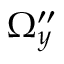
\Omega _ { y } ^ { \prime \prime }